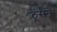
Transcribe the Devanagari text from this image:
ठूंसने